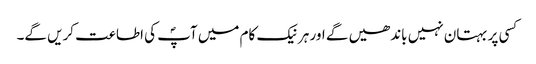
کسی پر بہتان نہیں باندھیں گے اور ہر نیک کام میں آپؐ کی اطاعت کریں گے۔